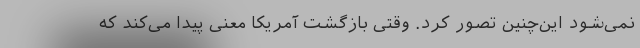
نمی‌شود این‌چنین تصور کرد. وقتی بازگشت آمریکا معنی پیدا می‌کند که